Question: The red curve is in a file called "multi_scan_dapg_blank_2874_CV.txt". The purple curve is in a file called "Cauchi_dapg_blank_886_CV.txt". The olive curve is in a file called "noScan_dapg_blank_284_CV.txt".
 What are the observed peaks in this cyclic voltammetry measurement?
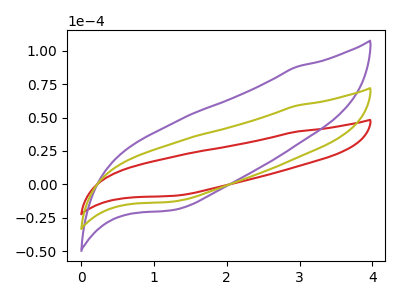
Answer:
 <answer>The red curve "dapg blank1" has no peaks. The purple curve "dapg blank2" has no peaks. The olive curve "dapg blank3" has no peaks.</answer>
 <eval></eval>